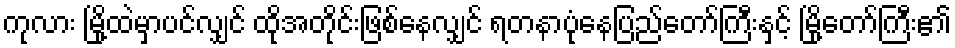
ကုလား မြို့ထဲမှာပင်လျှင် ထိုအတိုင်းဖြစ်နေလျှင် ရတနာပုံနေပြည်တော်ကြီးနှင့် မြို့တော်ကြီး၏